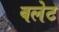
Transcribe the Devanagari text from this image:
वलेट